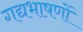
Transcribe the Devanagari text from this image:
गद्यभाषणों